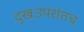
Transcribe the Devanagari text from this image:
दुखःउपरांतच